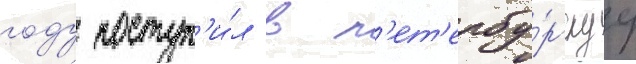
году поступ'и́л в п'ет'ербу́ргскуу